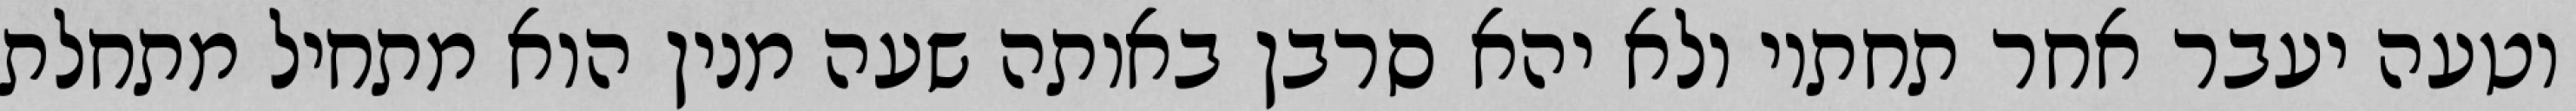
וטעה יעבר אחר תחתיו ולא יהא סרבן באותה שעה מנין הוא מתחיל מתחלת